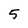
Character: 5